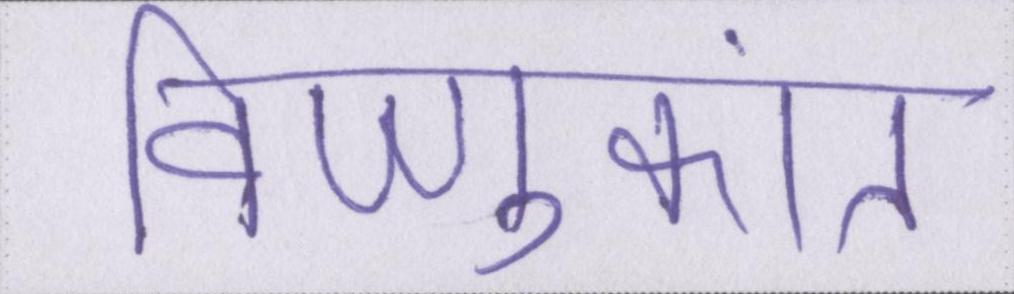
विष्णुकांत